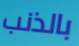
بالذنب